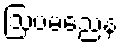
ဩပမညေန